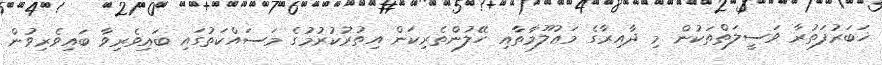
ޚަބަރުފަތުރާ ވަސީލަތްތަކުން މި ދާއިރާގެ މަޢުލޫމާތާއި ހޭލުންތެރިކަން އިތުރުކުރުމުގެ މަސައްކަތުގައި ބައިވެރިވާ ބައިވެރިވުން